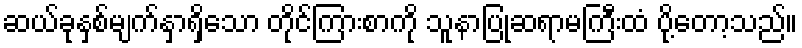
ဆယ်ခုနှစ်မျက်နှာရှိသော တိုင်ကြားစာကို သူနာပြုဆရာမကြီးထံ ပို့တော့သည်။